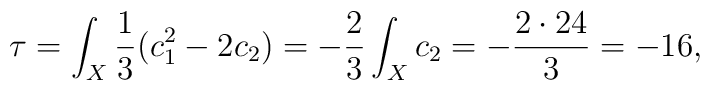
\tau = \int_X \frac {1}{3} (c_1^2-2c_2) = - \frac {2}{3} \int_Xc_2 = - \frac {2\cdot24}{3} = -16,